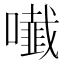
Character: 𭋲